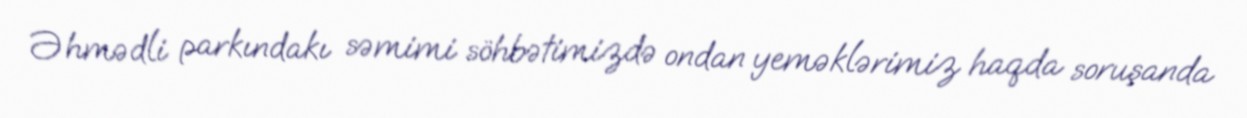
Əhmədli parkındakı səmimi söhbətimizdə ondan yeməklərimiz haqda soruşanda